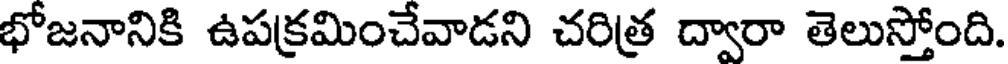
భోజనానికి ఉపక్రమించేవాడని చరిత్ర ద్వారా తెలుస్తోంది.